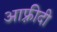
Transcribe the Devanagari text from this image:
आफ़्रीदी